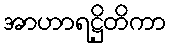
အာဟာရဋ္ဌိတိကာ